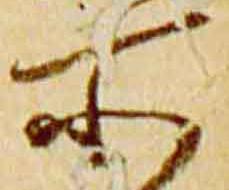
所